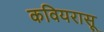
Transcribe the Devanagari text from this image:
कवियरासू